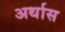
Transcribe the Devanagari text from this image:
अर्थास